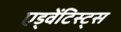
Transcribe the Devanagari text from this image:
एड्वेंटिस्ट्स